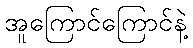
အူကြောင်ကြောင်နဲ့